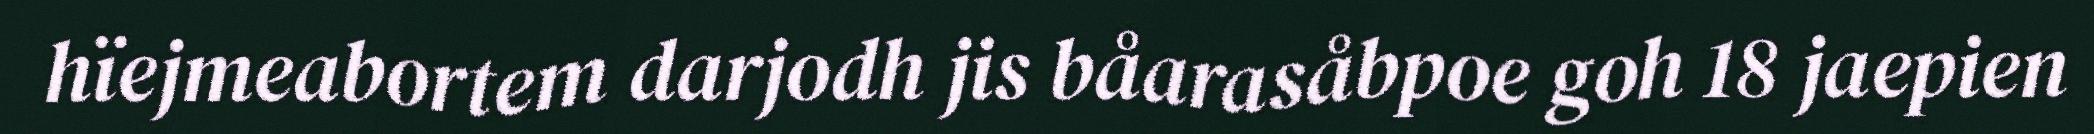
hïejmeabortem darjodh jis båarasåbpoe goh 18 jaepien